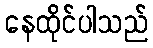
နေထိုင်ပါသည်